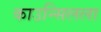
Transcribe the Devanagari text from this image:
काउन्सिलला